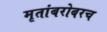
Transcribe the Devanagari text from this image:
मृतांबरोबरच